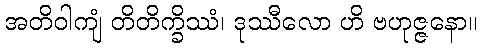
အတိဝါကျံ တိတိက္ခိဿံ၊ ဒုဿီလော ဟိ ဗဟုဇ္ဇနော။